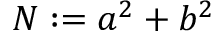
N : = a ^ { 2 } + b ^ { 2 }